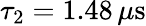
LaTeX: \tau_{2}=1.48\, \mu\mathrm{s}